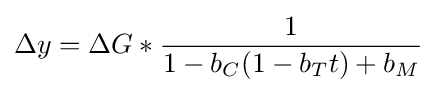
\Delta y=\Delta G*{\frac {1}{1-b_{C}(1-b_{T}t)+b_{M}}}